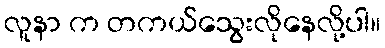
လူနာ က တကယ်သွေးလိုနေလို့ပါ။